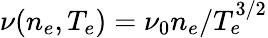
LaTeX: \nu(n_{e},T_{e})=\nu_{0}n_{e}/T_{e}^{3/2}